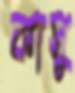
কাসু